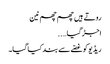
روتے ہیں چھم چھم نین
اجڑ گیا…..
ریڈیو کو غصّے سے بند کیا گیا۔